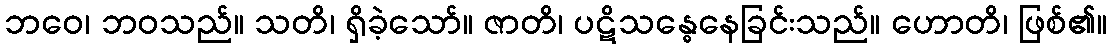
ဘဝေ၊ ဘဝသည်။ သတိ၊ ရှိခဲ့သော်။ ဇာတိ၊ ပဋိသန္ဓေနေခြင်းသည်။ ဟောတိ၊ ဖြစ်၏။